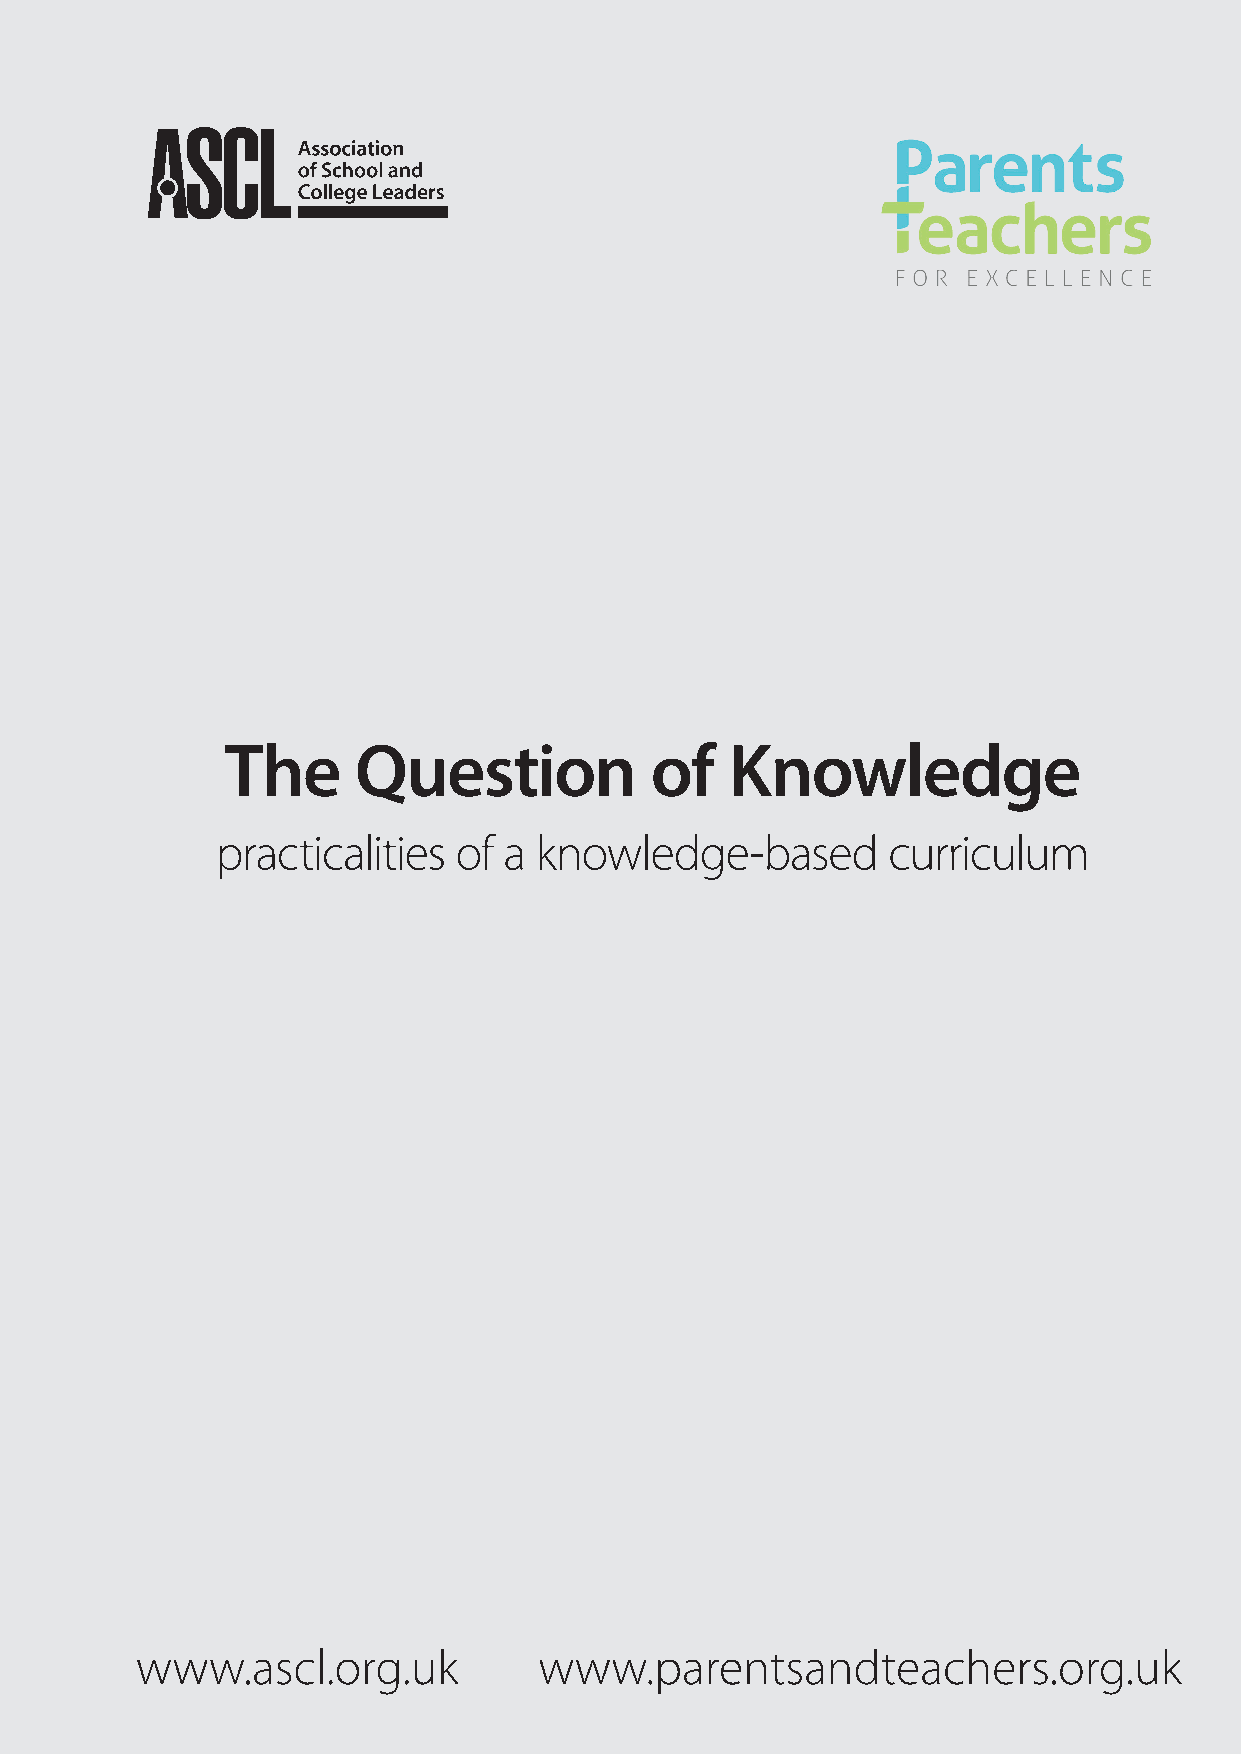
The     Question            of   Knowledge
 practicalities  of a knowledge-based         curriculum
 www.ascl.org.uk            www.parentsandteachers.org.uk